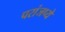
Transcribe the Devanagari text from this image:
परांजप्ये